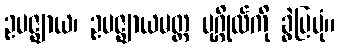
ဥပဇ္ဈာယ၊ ဥပဇ္ဈာယမတ္တ ပုဂ္ဂိုလ်ကို ခွဲပြပုံ။